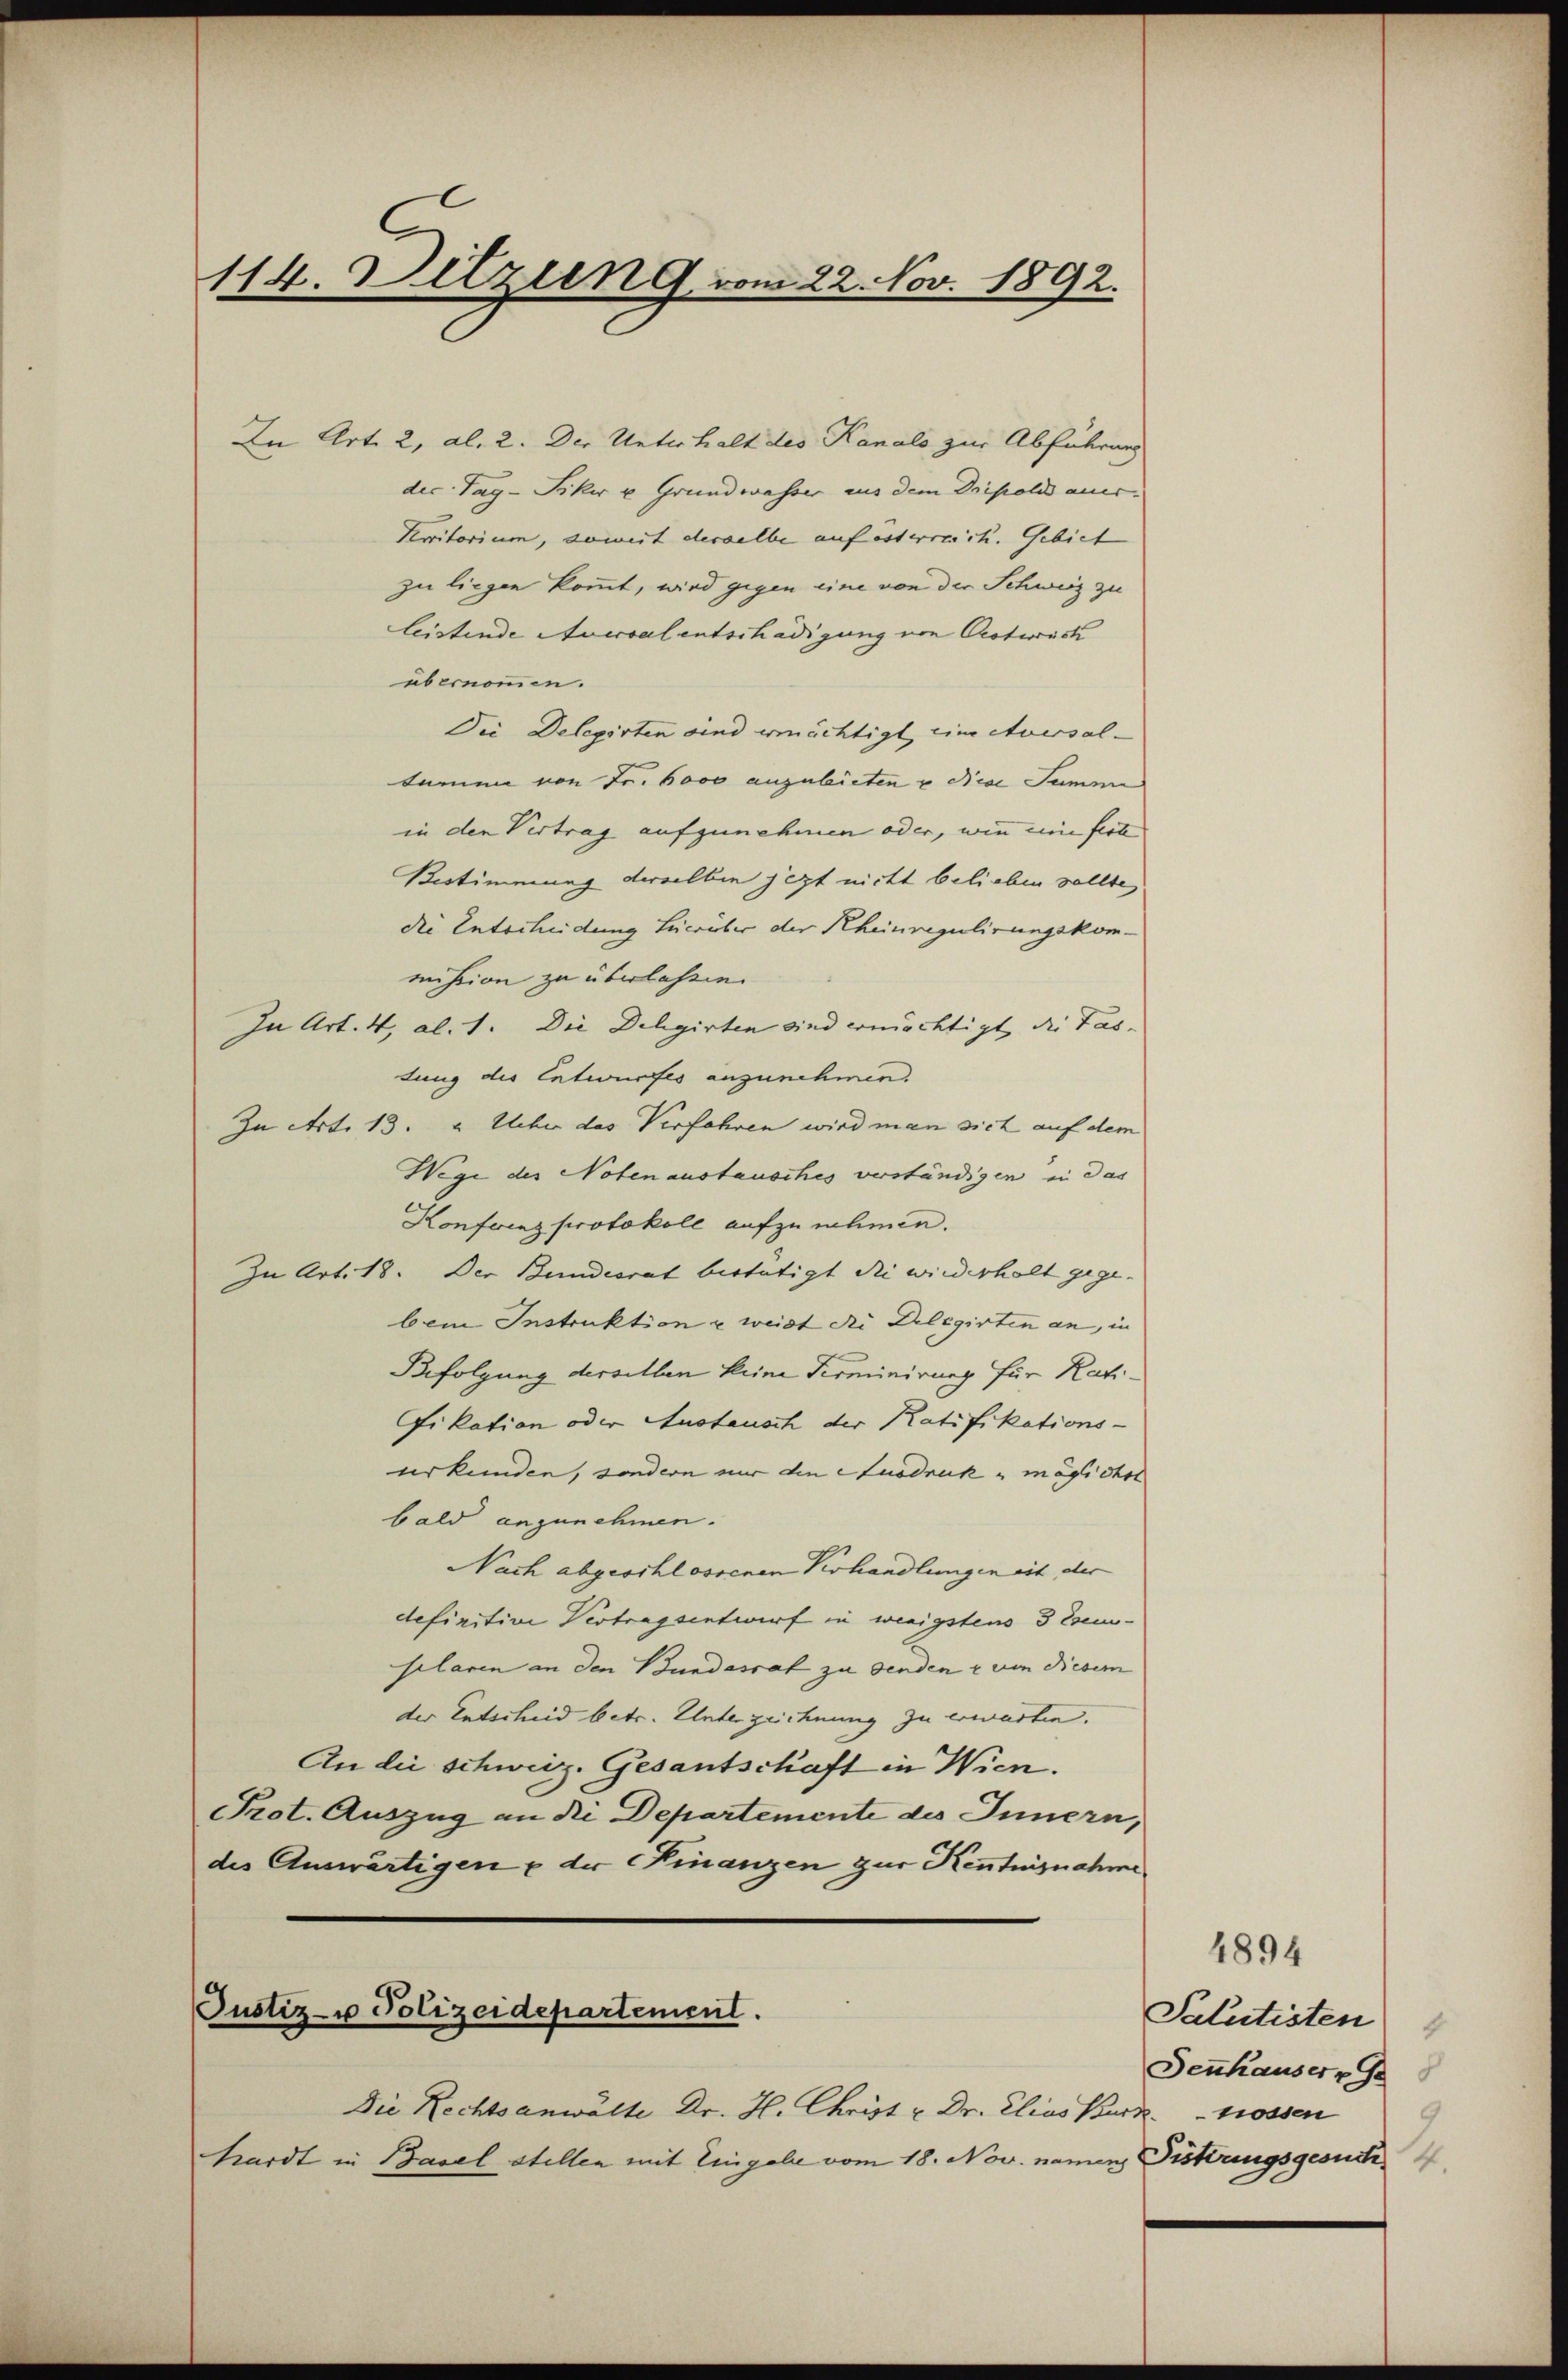
114. Jetzten 9 vom 22. Nov. 1892.

In Art. 2, Al. 2. Der Unterhalt des Kanalo zur Abführung
der Tag-Piker u Grundwasser aus dem Dripold aus¬
Verritorium, somit derselbe auf österreich. Gebiet
zu liegen kommt, wird gegen eine von der Schweiz zu
leistende Social entschädigung von Oestwisk
übernommen.
Die Delegirten sind ermächtigt, ein Aversal-
tamen von Fr. 6000 anzubieten u dice Summe
in den Vertrag aufzunehmen oder, wie ein ferte
Bestimmung derselben jezt nicht belieben sollte,
die Enteileidung hierüber der Rheinregulirungskommission zu überlassen.
In Art. 4, Al. 1. Die Delegirten sind ermöchtigt, die Fas-
dung des Entwurfes anzunehmen.
In Art. 13. u. Ueber das Verfahren wird man sich auf dem
Wege des Noten austausches verständigen, in das
Konferenz protokoll aufzunehmen.
Zu Art. 18. Der Bundesrat bestätigt die wiederholt gege-
bei Instruktion u weist die Delegirten an, in
Befolgung derselben keine Terminirung für Ratifikation oder Austausch der Ratifikationsurkunden, sondern nur den Ausdruck möglichst
bald anzunehmen.
Nach abgeschlossenen Verhandlungen eit der
definitive Vertragsentwurf in wenigstens 3 Exemplaren an den Bundesrat zu senden & von Diesem
der Entscheid betr. Unterzeichnung zu erwarten.
An die schweiz. Gesantschaft in Wien.
Prot. Auszug an die Departemente des Innern,
des Auswärtigen & der Finanzen zur Kenntnisnahme
Justiz- u Polizeidepartement.
Die Rechtsanwälte Dr. H. Christ u. Dr. Elias Kurz grossen
hardt in Basel stellen mit Eingabe vom 18. Nov. namen Fistungsgesuch

Salutisten
Denhauser Ge

4894